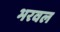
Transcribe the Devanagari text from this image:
भरवल